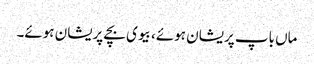
ماں باپ پریشان ہوئے، بیوی بچے پریشان ہوئے۔